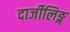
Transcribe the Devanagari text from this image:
दार्जीलिङ्ग